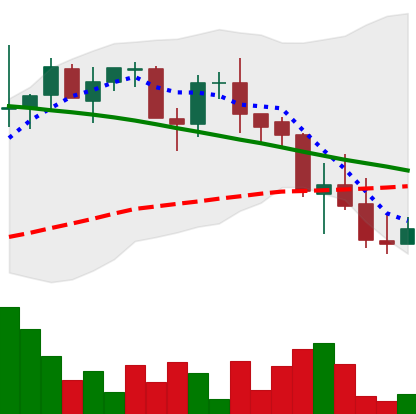
Ticker: LINK-USD
Chart end date: 2018-09-10
Forward return: 8.668%
Label: up_7plus